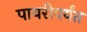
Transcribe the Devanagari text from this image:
पायरीपर्यंत